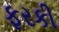
ફરકી